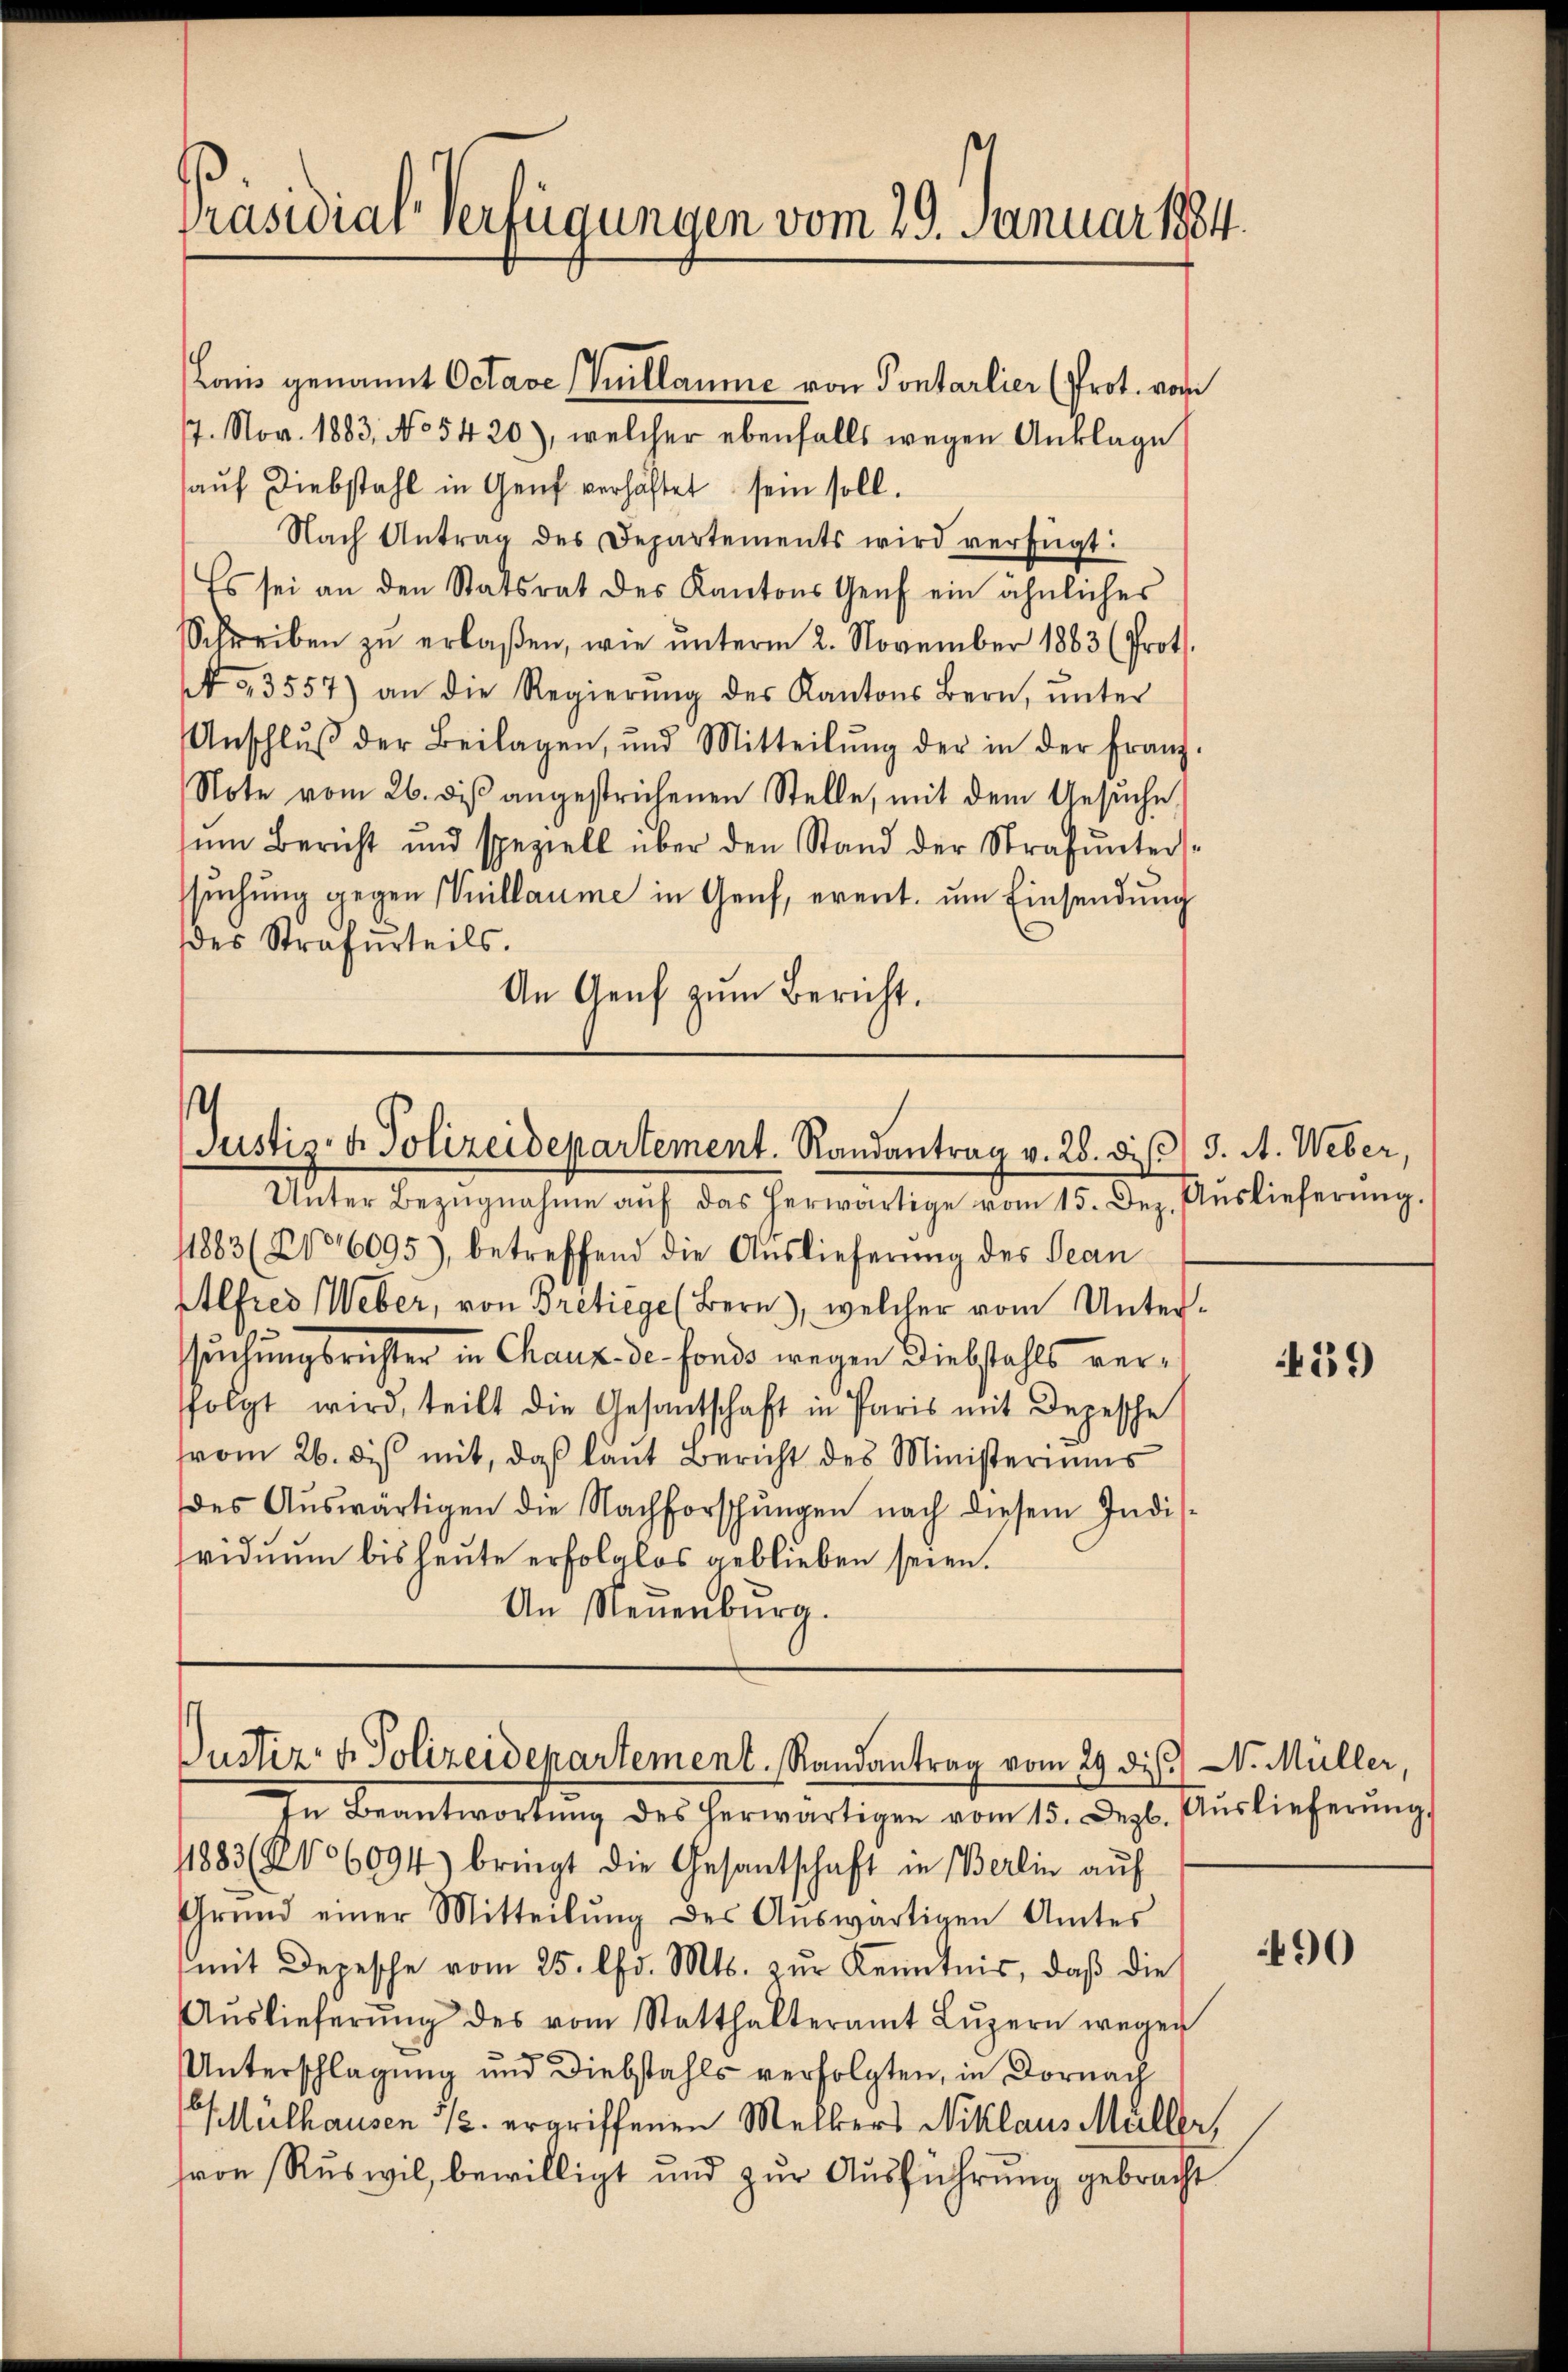
Präsidial Verfügungen vom 29. Januar 1884.

7. Nov. 1883, No 5420), welcher ebenfalls wegen Anklage
aŭf Diebstahl in Genf verhaftet sein soll.
Nach Antrag des Departements wird verfügt:
Es sei an den Statsrat des Kantons Genf ein ähnliches
Schreiben zŭ erlaßen, wie ŭnterm 2. November 1883 (Prot.
A 3557) an die Regierŭng des Kantons Bern, ŭnter
Anschlŭβ der Beilagen, und Mitteilŭng der in der Franz-
Note vom 26. dβ angestrichenen Stelle, mit dem Gesŭche
sŭm Bericht und speziell über den Stand der Strafŭnter-
ssuchung gegen Villaume in Genf, erent, um Einsendung
des Strafurteils.
An Genf zum Bericht.

Lonis genannt Octave (Tullaume von Pontarlier (Prot. vom

1883 (2106095), betreffend die Auslieferung des Jean¬
Alfred Weber, von Bretiege (Bern), welcher vom Untersuchungsrichter in Chaux de fonds wegen Diebstahls verfolgt wird, teilt die Gesantschaft in Paris mit Depesche
vom 26. dis mit, daß laut Bericht des Ministeriums
des Aŭswärtigen die Nachforschŭngen nach diesem Indis-
viduum bis heute erfolglos geblieben seien.
An Neuenburg.

11883 (2106094) bringt die Gesantschaft in Berlin auf
Grund einer Mitteilŭng des Aŭswärtigen Amtes
(mit Depesche vom 25. d. Mts. zŭr Kenntnis, daß die
Aŭslieferŭng des vom Statthalteramt Lŭzern wegen
Unterschlagung und Diebstahls verfolgten, in Dornach
Mülhausen 1/2. ergriffenen Mellers Niklaus Müller,
von Ruswil, bewilligt und zur Ausführung gebracht

s
Justiz- & Polizeidepartement. Randantrag v. 28. diβ 9. A. Weber,
Unter Bezŭgnahme aŭf das herwärtige vom 15. Dez. Aŭslieferŭng.

Justiz- & Polizeidepartement. Randantrag vom 29 des N. Müller,
In Beantwortung des herwärtigen vom 15. Dezb. Auslieferung

439

90